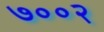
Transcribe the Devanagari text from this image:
७००२